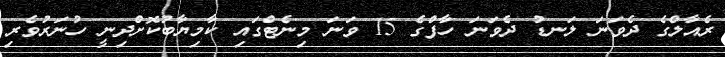
ރެއާލްގެ ދެވަނަ ލަނޑު ދެވަނަ ހާފްގެ 15 ވަނަ މިނެޓްގައި ކާމިޔާބުކޮށްދިނީ ހުނަރުވެރި